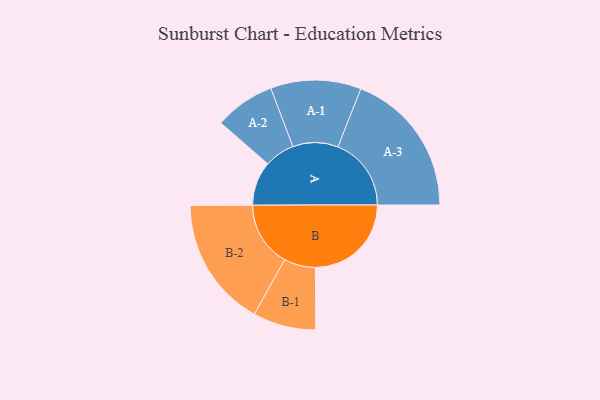
{"axis": {"x": "Segment", "y": "Value"}, "legend": ["", "A", "B"], "data": [{"x": "A", "y": 170, "type": ""}, {"x": "B", "y": 369, "type": ""}, {"x": "A-1", "y": 174, "type": "A"}, {"x": "A-2", "y": 116, "type": "A"}, {"x": "A-3", "y": 282, "type": "A"}, {"x": "B-1", "y": 121, "type": "B"}, {"x": "B-2", "y": 250, "type": "B"}]}